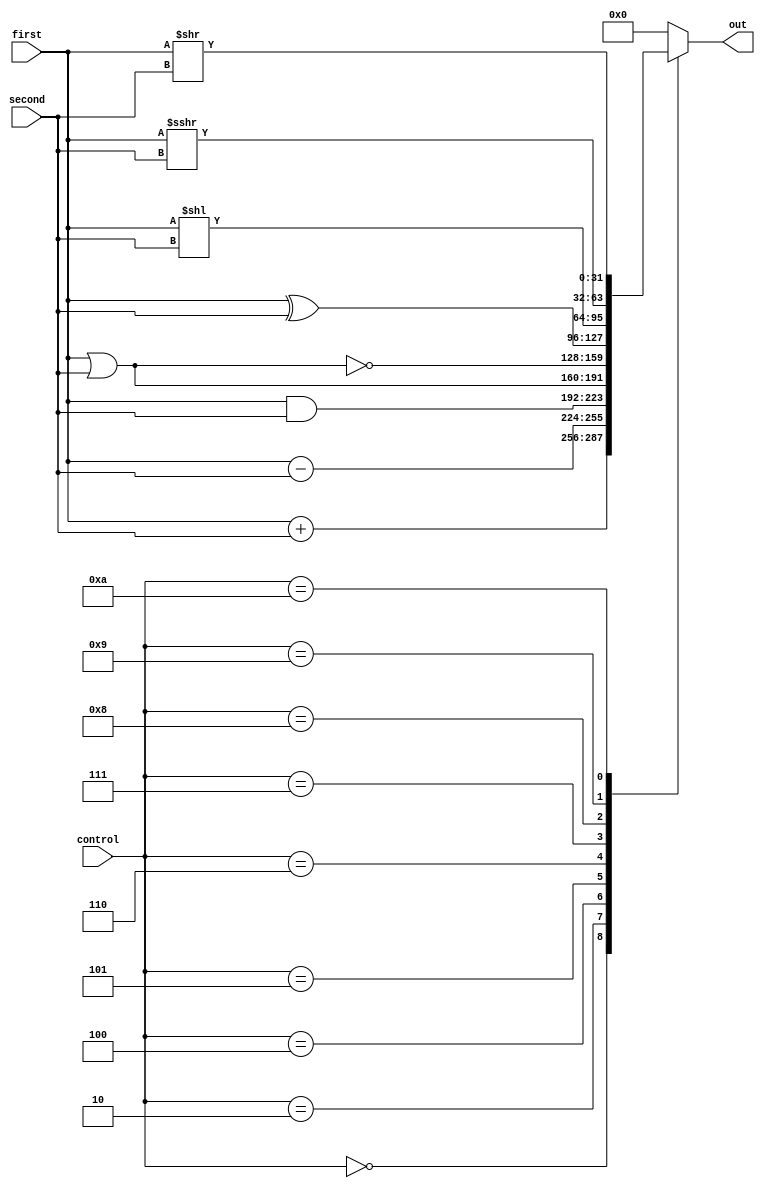
module Alu (
            input [31:0] first,
            input [31:0] second,
            input [3:0] control,
            output reg [31:0] out
            );

        always @ (*) begin
          case (control)

            4'b0000 : out <= first + second ;
            4'b0010 : out <= first - second ;
            4'b0100 : out <= first & second ;
            4'b0101 : out <= first | second ;
            4'b0110 : out <= ~(first | second) ;
            4'b0111 : out <= first ^ second ;
            4'b1000 : out <= first << second ;
            4'b1001 : out <= $signed($signed(first) >>> second) ;
            4'b1010 : out <= first >> second ;
				default : out <= 32'b0;
          endcase
        end





endmodule // Alu